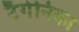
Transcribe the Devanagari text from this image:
टैगेनिका